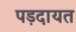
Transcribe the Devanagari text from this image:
पड़दायत